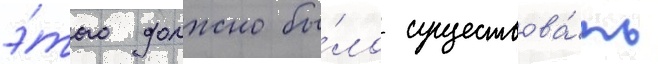
э́того должно бы́ло существова́ть